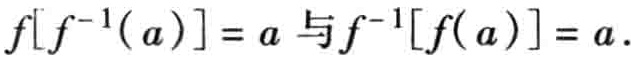
\(f[f^{-1}(a)] = a\) 与 \(f^{-1}[f(a)] = a\)